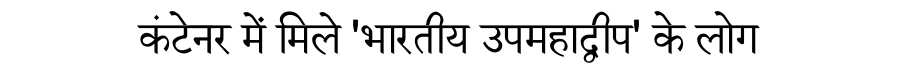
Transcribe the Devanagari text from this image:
कंटेनर में मिले 'भारतीय उपमहाद्वीप' के लोग